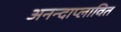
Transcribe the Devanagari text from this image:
अनन्दाप्लावित